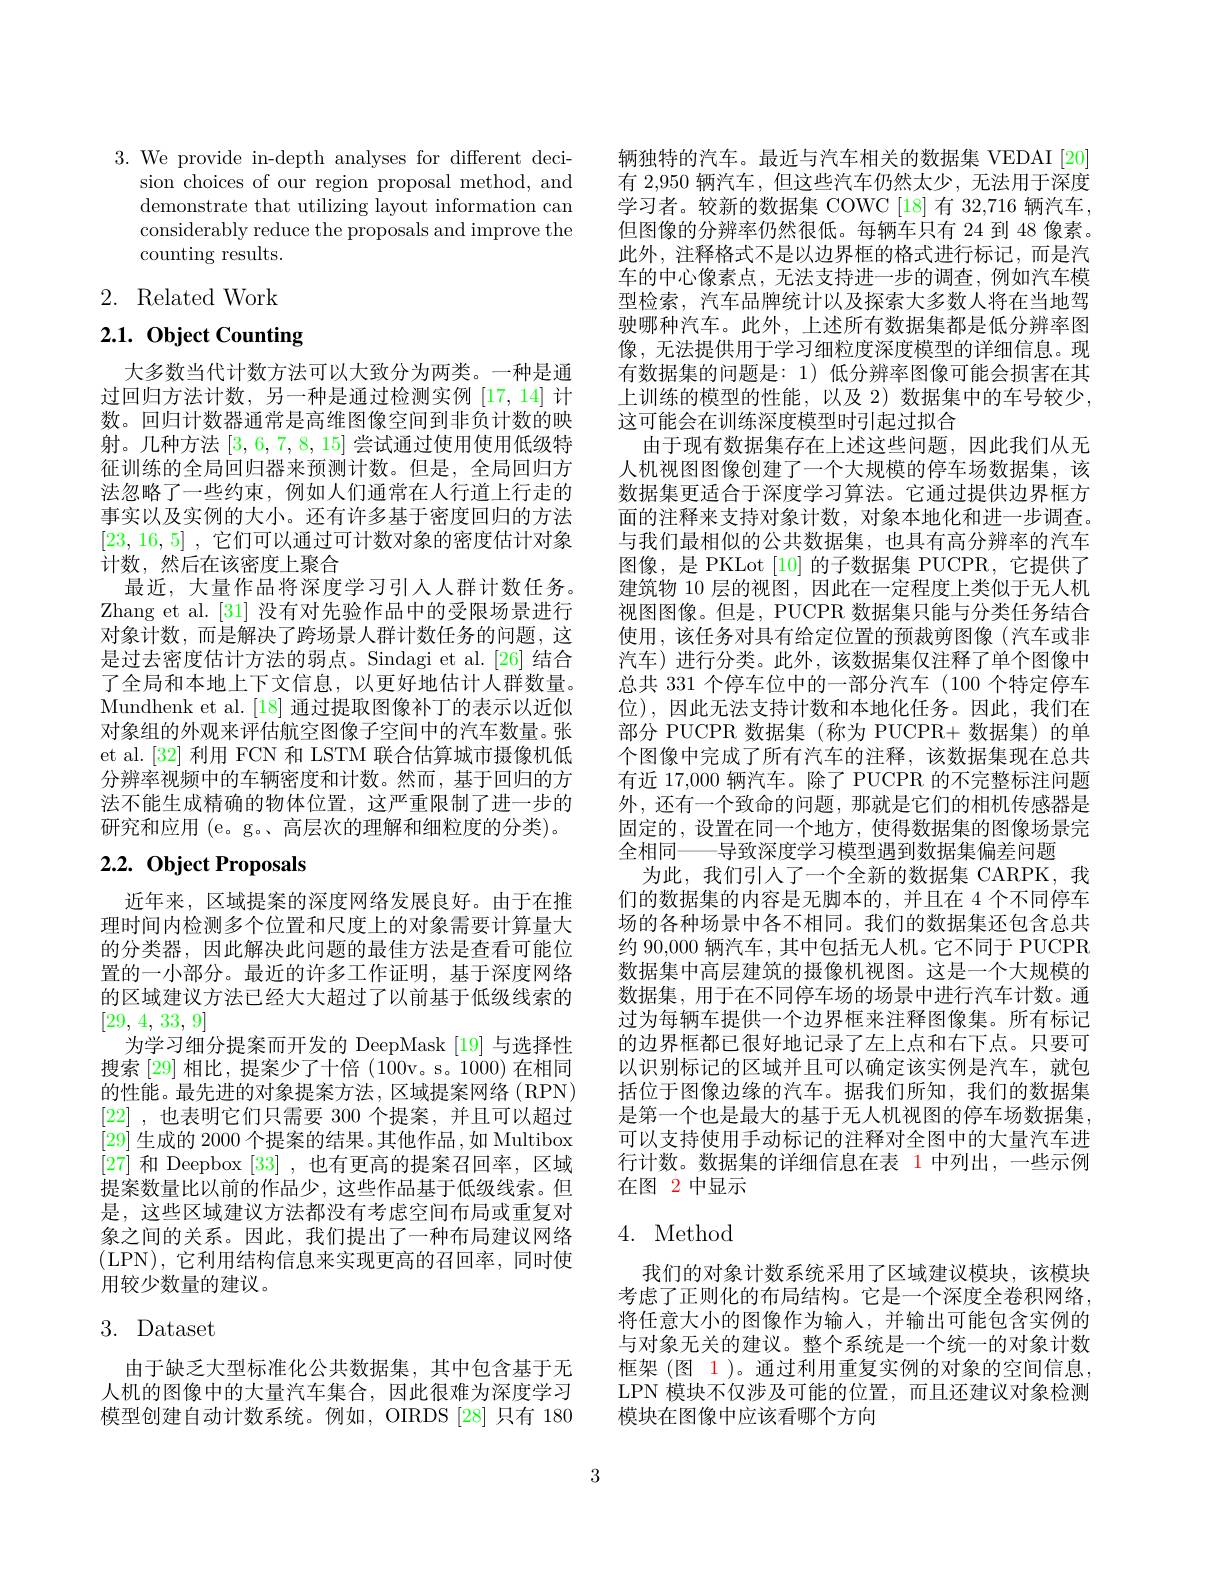
3. We provide in-depth analyses for different deci-
sion choices of our region proposal method, and demonstrate that utilizing layout information can considerably reduce the proposals and improve the counting results.

# 2. Related Work

# 2.1. Object Counting

大多数当代计数方法可以大致分为两类。一种是通过回归方法计数，另一种是通过检测实例[17,14]计数。回归计数器通常是高维图像空间到非负计数的映射。几种方法[3,6,7,8,15]尝试通过使用使用低级特征训练的全局回归器来预测计数。但是，全局回归方法忽略了一些约束，例如人们通常在人行道上行走的事实以及实例的大小。还有许多基于密度回归的方法[23,16,5] , 它们可以通过可计数对象的密度估计对象计数，然后在该密度上聚合
最近，大量作品将深度学习引人人群计数任务。Zhang et al. [31] 没有对先验作品中的受限场景进行对象计数，而是解决了跨场景人群计数任务的问题，这是过去密度估计方法的弱点。Sindagi et al.[26] 结合了全局和本地上下文信息，以更好地估计人群数量。Mundhenk et al. [18] 通过提取图像补丁的表示以近似对象组的外观来评估航空图像子空间中的汽车数量。张et al.[32] 利用 FCN 和 LSTM 联合估算城市摄像机低分辨率视频中的车辆密度和计数。然而，基于回归的方法不能生成精确的物体位置，这严重限制了进一步的研究和应用 (e。g。、高层次的理解和细粒度的分类)。

# $2. 2. \textbf{ Object Proposals}$

近年来，区域提案的深度网络发展良好。由于在推理时间内检测多个位置和尺度上的对象需要计算量大的分类器，因此解决此问题的最佳方法是查看可能位置的一小部分。最近的许多工作证明，基于深度网络的区域建议方法已经大大超过了以前基于低级线索的[29, 4, 33, 9]
为学习细分提案而开发的 DeepMask [19] 与选择性搜索[29]相比，提案少了十倍(100v。s。1000)在相同的性能。最先进的对象提案方法，区域提案网络(RPN) [22] ,也表明它们只需要 300 个提案，并且可以超过[29]生成的 2000 个提案的结果。其他作品 ,如 Multibox [27]和 Deepbox [33],也有更高的提案召回率，区域提案数量比以前的作品少，这些作品基于低级线索。但是，这些区域建议方法都没有考虑空间布局或重复对象之间的关系。因此，我们提出了一种布局建议网络(LPN),它利用结构信息来实现更高的召回率，同时使用较少数量的建议。

# 3. Dataset

由于缺乏大型标准化公共数据集，其中包含基于无人机的图像中的大量汽车集合，因此很难为深度学习模型创建自动计数系统。例如，OIRDS [28]只有 180

辆独特的汽车。最近与汽车相关的数据集 VEDAI[20] 有 2,950 辆汽车，但这些汽车仍然太少，无法用于深度学习者。较新的数据集 COWC[18]有 32,716 辆汽车， 但图像的分辨率仍然很低。每辆车只有 24 到 48 像素。此外，注释格式不是以边界框的格式进行标记，而是汽车的中心像素点，无法支持进一步的调查，例如汽车模型检索，汽车品牌统计以及探索大多数人将在当地驾驶哪种汽车。此外，上述所有数据集都是低分辨率图像，无法提供用于学习细粒度深度模型的详细信息。现有数据集的问题是：1) 低分辨率图像可能会损害在其上训练的模型的性能，以及 2) 数据集中的车号较少， 这可能会在训练深度模型时引起过拟合
由于现有数据集存在上述这些问题，因此我们从无人机视图图像创建了一个大规模的停车场数据集，该数据集更适合于深度学习算法。它通过提供边界框方面的注释来支持对象计数，对象本地化和进一步调查。与我们最相似的公共数据集，也具有高分辨率的汽车图像，是 PKLot [10] 的子数据集 PUCPR, 它提供了建筑物 10 层的视图，因此在一定程度上类似于无人机视图图像。但是，PUCPR 数据集只能与分类任务结合使用，该任务对具有给定位置的预裁剪图像(汽车或非汽车)进行分类。此外，该数据集仅注释了单个图像中总共 331 个停车位中的一部分汽车 (100 个特定停车位),因此无法支持计数和本地化任务。因此，我们在部分 PUCPR 数据集 (称为 PUCPR+ 数据集)的单个图像中完成了所有汽车的注释，该数据集现在总共有近 17,000 辆汽车。除了 PUCPR 的不完整标注问题外，还有一个致命的问题，那就是它们的相机传感器是固定的，设置在同一个地方，使得数据集的图像场景完全相同——导致深度学习模型遇到数据集偏差问题
为此，我们引人了一个全新的数据集 CARPK,我们的数据集的内容是无脚本的，并且在 4 个不同停车场的各种场景中各不相同。我们的数据集还包含总共约 90,000 辆汽车 , 其中包括无人机。它不同于 PUCPR 数据集中高层建筑的摄像机视图。这是一个大规模的数据集，用于在不同停车场的场景中进行汽车计数。通过为每辆车提供一个边界框来注释图像集。所有标记的边界框都已很好地记录了左上点和右下点。只要可以识别标记的区域并且可以确定该实例是汽车，就包括位于图像边缘的汽车。据我们所知，我们的数据集是第一个也是最大的基于无人机视图的停车场数据集， 可以支持使用手动标记的注释对全图中的大量汽车进行计数。数据集的详细信息在表 1 中列出，一些示例在图 2 中显示

# 4. Method

我们的对象计数系统采用了区域建议模块，该模块考虑了正则化的布局结构。它是一个深度全卷积网络将任意大小的图像作为输入，并输出可能包含实例的与对象无关的建议。整个系统是一个统一的对象计数框架(图 1)。通过利用重复实例的对象的空间信息， LPN 模块不仅涉及可能的位置，而且还建议对象检测模块在图像中应该看哪个方向

3